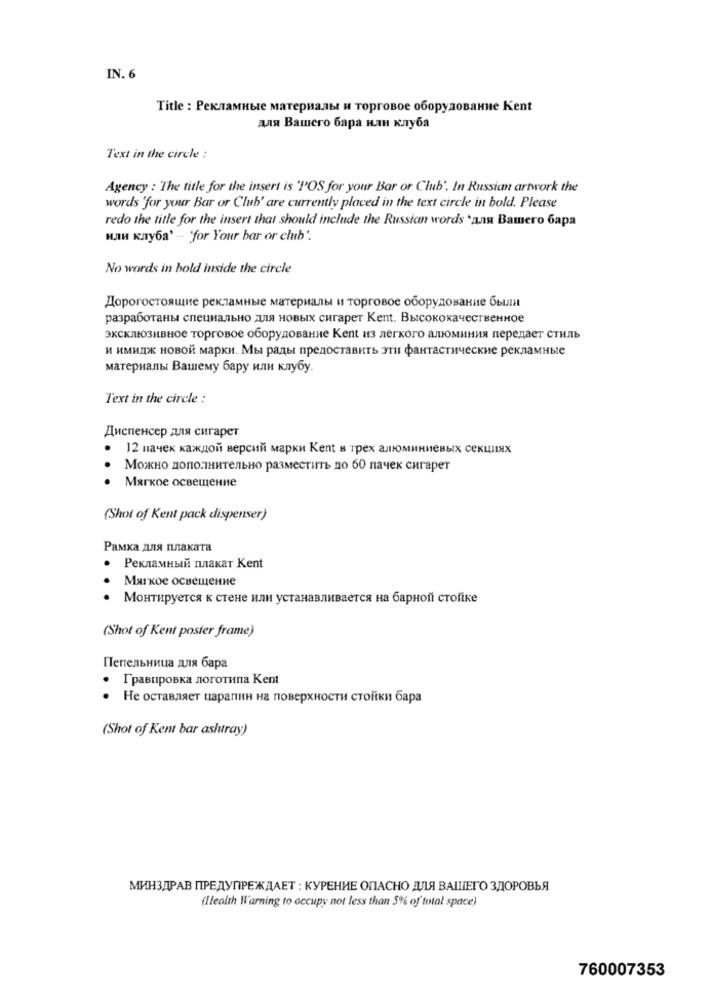
IN. 6
Title : Рекламные материалы и торговое оборудование Kent
для Вашего бара или клуба
Text in the circle :
Agency : The title for the insert is 'POS for your Bar or Club'. In Russian artwork the
words 'for your Bar or Club' are currently placed in the text circle in bold. Please
redo the title for the insert that should include the Russian words 'ana Bamero 6apa
или клуба' - 'for Your bar or club'.
No words in bold inside the circle
Дорогостоящие рекламные материалы и торговое оборудование были
разработаны специально для новых сигарет Kent. Высококачественное
эксклюзивное торговое оборудование Kent из легкого алюминия передает стиль
и имидж новой марки. Мы рады предоставить эти фантастические рекламные
материалы Вашему бару или клубу.
Text in the circle :
Диспенсер для сигарет
12 начек каждой версий марки Kent в трех алюминиевых секциях
Можно дополнительно разместить до 60 пачек сигарет
Мягкое освещение
(Shot of Kent pack dispenser)
Рамка для плаката
.
Рекламный плакат Kent
Мягкое освещение
. .
Монтируется к стене или устанавливается на барной стойке
(Shot of Kent poster frame)
Пепельница для бара
Гравировка логотипа Kent
Не оставляет царапин на поверхности стойки бара
(Shot of Kent bar ashtray)
МИНЗДРАВ ПРЕДУПРЕЖДАЕТ : КУРЕНИЕ ОПАСНО ДЛЯ ВАШЕГО ЗДОРОВЬЯ
(llealth Warning to occupy not less than 5% of total space)
760007353